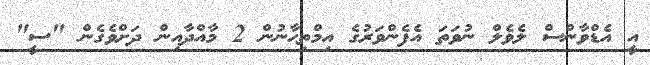
އީ އެޑްވާންސް ލެވެލް ނުވަތަ އެފެންވަރުގެ އިމްތިޙާނުން 2 މާއްދާއިން ދަށްވެގެން "ސީީ"